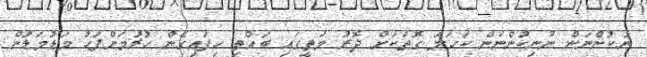
ނުކުންނަން ނުނިކުންނަން ކަހަލަ ގޮތަކަށް ދޮރު މަތީގައި ބައްތި ހިފައިގެން ހުރުމަށްފަހު މަޑުމަޑުން